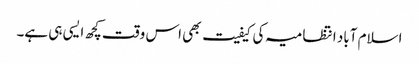
اسلام آباد انتظامیہ کی کیفیت بھی اس وقت کچھ ایسی ہی ہے۔